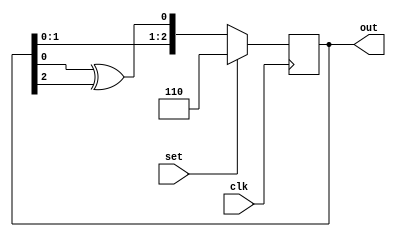
module lfsr (clk, set, out);
    input clk,set;
    output reg[2:0] out;
    always @(posedge clk) begin
        if (set) 
            out<=3'b110;
        else 
            out<={out[1], out[0], out[0] ^ out[2]};
    end
    
endmodule

/*  1   3   7   6   5   2   4
    001 011 111 110 101 010 100     */